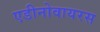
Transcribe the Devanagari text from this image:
एडीनोवायरस